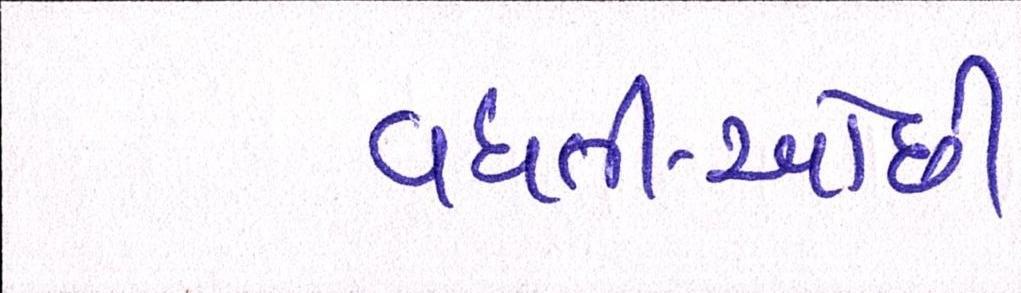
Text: વધતી-ઓછી